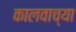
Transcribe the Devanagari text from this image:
कालवाच्या